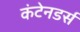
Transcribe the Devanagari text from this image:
कंटेनडर्स